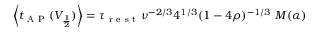
\left\langle t _ { \mathrm { ~ A ~ P ~ } } ( V _ { \frac { 1 } { 2 } } ) \right\rangle = \tau _ { \mathrm { ~ r ~ e ~ s ~ t ~ } } \nu ^ { - 2 / 3 } 4 ^ { 1 / 3 } ( 1 - 4 \rho ) ^ { - 1 / 3 } \ M ( \alpha )